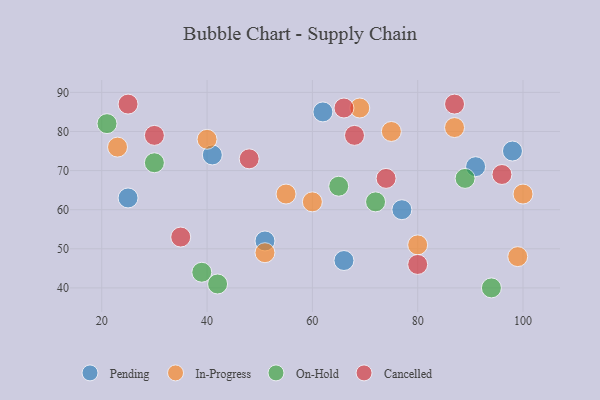
{"axis": {"x": "GDP", "y": "Life Expectancy"}, "legend": ["Cancelled", "In-Progress", "On-Hold", "Pending"], "data": [{"x": "41", "y": 74, "type": "Pending"}, {"x": "91", "y": 71, "type": "Pending"}, {"x": "62", "y": 85, "type": "Pending"}, {"x": "98", "y": 75, "type": "Pending"}, {"x": "25", "y": 63, "type": "Pending"}, {"x": "77", "y": 60, "type": "Pending"}, {"x": "66", "y": 47, "type": "Pending"}, {"x": "51", "y": 52, "type": "Pending"}, {"x": "87", "y": 81, "type": "In-Progress"}, {"x": "51", "y": 49, "type": "In-Progress"}, {"x": "60", "y": 62, "type": "In-Progress"}, {"x": "99", "y": 48, "type": "In-Progress"}, {"x": "75", "y": 80, "type": "In-Progress"}, {"x": "23", "y": 76, "type": "In-Progress"}, {"x": "80", "y": 51, "type": "In-Progress"}, {"x": "100", "y": 64, "type": "In-Progress"}, {"x": "40", "y": 78, "type": "In-Progress"}, {"x": "69", "y": 86, "type": "In-Progress"}, {"x": "55", "y": 64, "type": "In-Progress"}, {"x": "72", "y": 62, "type": "On-Hold"}, {"x": "65", "y": 66, "type": "On-Hold"}, {"x": "89", "y": 68, "type": "On-Hold"}, {"x": "39", "y": 44, "type": "On-Hold"}, {"x": "94", "y": 40, "type": "On-Hold"}, {"x": "30", "y": 72, "type": "On-Hold"}, {"x": "42", "y": 41, "type": "On-Hold"}, {"x": "21", "y": 82, "type": "On-Hold"}, {"x": "48", "y": 73, "type": "Cancelled"}, {"x": "80", "y": 46, "type": "Cancelled"}, {"x": "66", "y": 86, "type": "Cancelled"}, {"x": "74", "y": 68, "type": "Cancelled"}, {"x": "87", "y": 87, "type": "Cancelled"}, {"x": "68", "y": 79, "type": "Cancelled"}, {"x": "35", "y": 53, "type": "Cancelled"}, {"x": "25", "y": 87, "type": "Cancelled"}, {"x": "30", "y": 79, "type": "Cancelled"}, {"x": "96", "y": 69, "type": "Cancelled"}]}